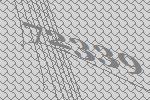
72339